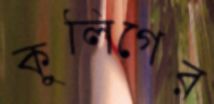
কুলিগের